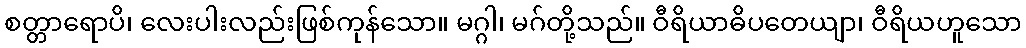
စတ္တာရောပိ၊ လေးပါးလည်းဖြစ်ကုန်သော။ မဂ္ဂါ၊ မဂ်တို့သည်။ ဝီရိယာဓိပတေယျာ၊ ဝီရိယဟူသော